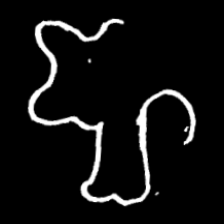
Pyu character \u2014 Myanmar letter: ဈ (romanized: jha)